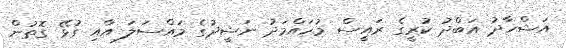
އަޝްހާދު އަބްދު ކުރީގެ ރައީސް މުހައްމަދު ނަޝީދުގެ މައްސަލަ އާއި ގުޅޭ ގޮތުން